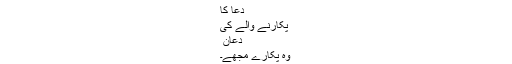
دعا کا
پکارنے والے کی
دَعَانِ ۙ
وہ پکارے مجھے۔